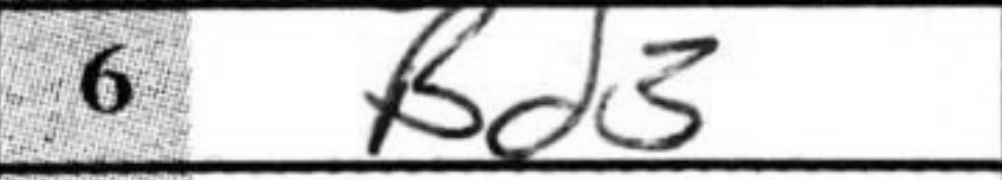
Transcription: Bd3